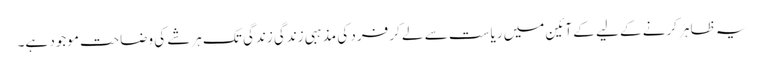
یہ ظاہر کرنے کے لیے کے آئین میں ریاست سے لے کر فرد کی مذہبی زندگی زندگی تک ہرشے کی وضاحت موجود ہے۔